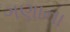
ગણાના